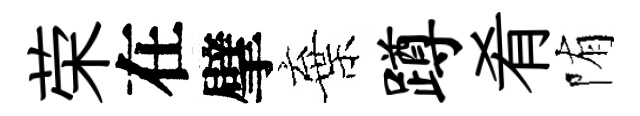
荣在擘棄蹲肴陏